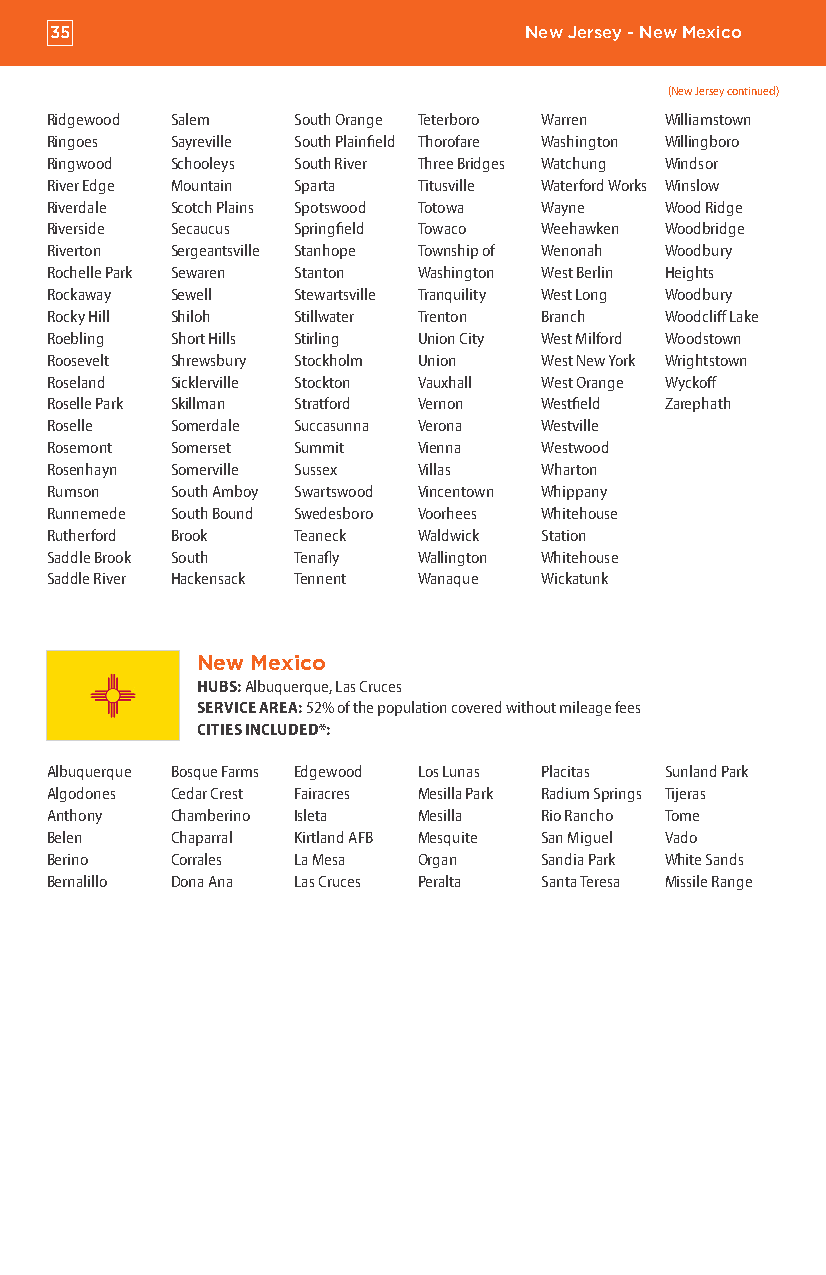
35                              New Jersey - New Mexico
 (New Jersey continued)
 Ridgewood Salem South Orange Teterboro Warren Williamstown
 Ringoes Sayreville South Plainfield Thorofare Washington Willingboro
 Ringwood Schooleys South River Three Bridges Watchung Windsor
 River Edge Mountain Sparta Titusville Waterford Works Winslow
 Riverdale Scotch Plains Spotswood Totowa Wayne Wood Ridge
 Riverside Secaucus Springfield Towaco Weehawken Woodbridge
 Riverton Sergeantsville Stanhope Township of Wenonah Woodbury
 Rochelle Park Sewaren Stanton Washington West Berlin Heights
 Rockaway Sewell Stewartsville Tranquility West Long Woodbury
 Rocky Hill Shiloh Stillwater Trenton Branch Woodcliff Lake
 Roebling Short Hills Stirling Union City West Milford Woodstown
 Roosevelt Shrewsbury Stockholm Union West New York Wrightstown
 Roseland Sicklerville Stockton Vauxhall West Orange Wyckoff
 Roselle Park Skillman Stratford Vernon Westfield Zarephath
 Roselle Somerdale Succasunna Verona Westville
 Rosemont Somerset Summit Vienna  Westwood
 Rosenhayn Somerville Sussex Villas Wharton
 Rumson  South Amboy Swartswood Vincentown Whippany
 Runnemede South Bound Swedesboro Voorhees Whitehouse
 Rutherford Brook Teaneck Waldwick Station
 Saddle Brook South Tenafly Wallington Whitehouse
 Saddle River Hackensack Tennent Wanaque Wickatunk
 New Mexico
 HUBS: Albuquerque, Las Cruces
 SERVICE AREA: 52% of the population covered without mileage fees
 CITIES INCLUDED*:
 Albuquerque Bosque Farms Edgewood Los Lunas Placitas Sunland Park
 Algodones Cedar Crest Fairacres Mesilla Park Radium Springs Tijeras
 Anthony Chamberino Isleta Mesilla Rio Rancho Tome
 Belen   Chaparral Kirtland AFB Mesquite San Miguel Vado
 Berino  Corrales La Mesa Organ   Sandia Park White Sands
 Bernalillo Dona Ana Las Cruces Peralta Santa Teresa Missile Range